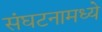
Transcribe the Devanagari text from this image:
संघटनामध्ये